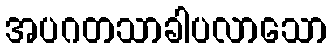
အပဂတသာခါပလာသော